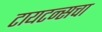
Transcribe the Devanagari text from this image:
टायटन्सचा